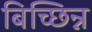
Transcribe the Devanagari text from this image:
बिच्छिन्न